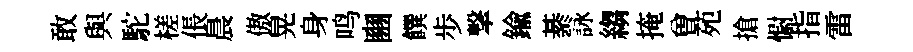
敢與駝槎倀晨傲晃身鸣豳饌歩撃鍮綦詠縐掩曽苑搶𢠢指雷